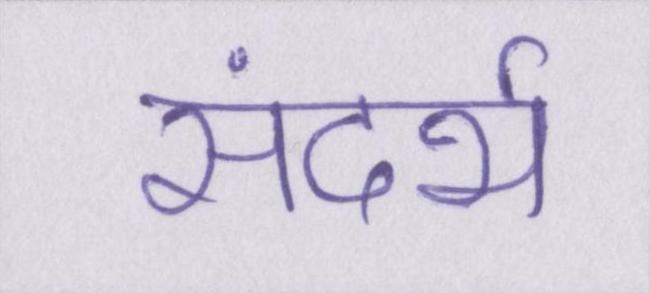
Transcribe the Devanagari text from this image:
संदर्भ